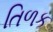
તિળક